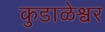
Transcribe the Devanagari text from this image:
कुडाळेश्वर